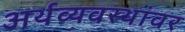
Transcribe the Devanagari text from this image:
अर्थव्यवस्थांवर